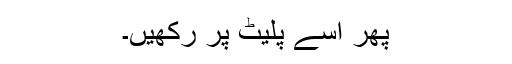
پھر اسے پلیٹ پر رکھیں۔